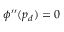
\phi ^ { \prime \prime } ( p _ { d } ) = 0